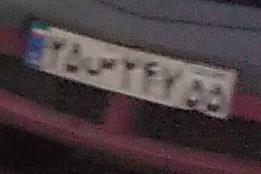
۳۵س۲۴۷۵۵